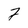
Character: 2